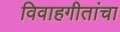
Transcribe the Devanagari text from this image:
विवाहगीतांचा